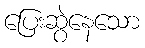
ပြေးဆွဲနေသော